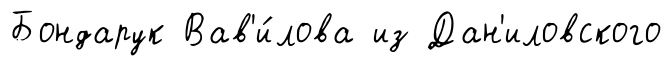
Бондарук Вав'и́лова из Дан'иловского